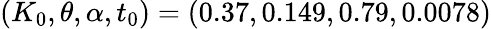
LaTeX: (K_{0},\theta,\alpha,t_{0})=(0.37,0.149,0.79,0.0078)